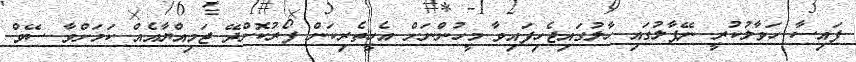
ފައިސާ ހަވާލުކުރީ ނޭޕާލުގައި ހާލުގައިޖެހިފައިވާ މީހުންނަށް އެހީތެރިކަން ފޯރުކޮށްދޭ ޖަމިއްޔާއެއް ކަމަށްވާ ސޭވް